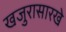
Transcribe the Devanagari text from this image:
खजुरासारखे